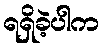
ရရှိခဲ့ပါက